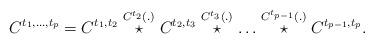
LaTeX: \begin{align*}C^{t_1,\ldots,t_p} = C^{t_1,t_2}\stackrel{C^{t_2}(.)}{\star}C^{t_2,t_3}\stackrel{C^{t_3}(.)}{\star}\ldots\stackrel{C^{t_{p-1}}(.)}{\star}C^{t_{p-1},t_p}.\end{align*}